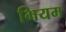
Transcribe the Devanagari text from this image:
भियम